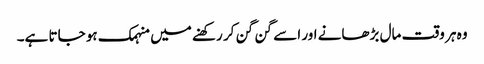
وہ ہر وقت مال بڑھانے اور اسے گن گن کر رکھنے میں منہمک ہو جاتا ہے۔